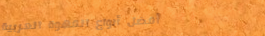
أفضل أنواع القهوة العربية